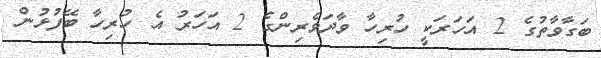
ބަގާވާތުގެ 2 އަހަރަކީ ހުރިހާ ވާދަވެރިންގެ 2 އަހަރު އެ ހުރިހާ ބޭފުޅުން